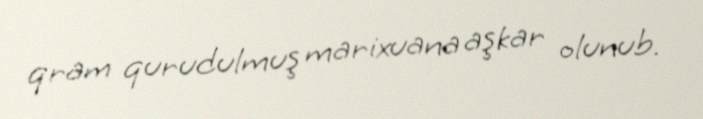
qram qurudulmuş marixuana aşkar olunub.